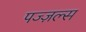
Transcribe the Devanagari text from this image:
पज्ज़ल्स